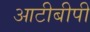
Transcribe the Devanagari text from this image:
आटीबीपी